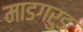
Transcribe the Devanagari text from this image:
माडगरुड